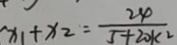
x _ { 1 } + x _ { 2 } = \frac { 2 4 } { 5 + 2 0 k ^ { 2 } }